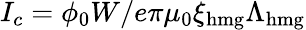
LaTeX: I_{c}=\phi_{0}W/e\pi\mu_{0}\xi_{\mathrm{hmg}}\Lambda_{\mathrm{hmg}}